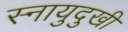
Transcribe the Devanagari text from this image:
स्नायुदुखी